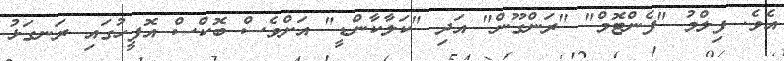
އެވެ. ފިލްމު "ފެންޓޮމް" "ރަންގޫން" އަދި "ކަލާކާންޑީ" އަށްވެސް ބޮކްސް އޮފީހުގައި ރަނގަަޅު